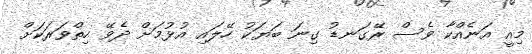
މިއީ އަނެއްކާ ވެސް ރޭގަނޑު ގިނަ ބަޔަކު ހޭލައި އުޅުމަށް ދެވޭ ހިތްވަރަކަށް